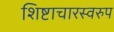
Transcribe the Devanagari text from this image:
शिष्टाचारस्वरुप